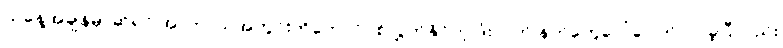
ယနေ့အချိန်မှာဆိုရင် အာကာသအတွင်းကိုတောင်ပစ်လွှတ်နိုင်တဲ့ ဒုံးလက် နက်တွေပေါ်ပေါက်လာခဲ့ပြီလည်း